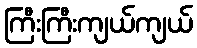
ကြီးကြီးကျယ်ကျယ်